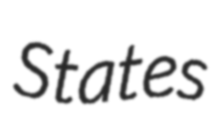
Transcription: States